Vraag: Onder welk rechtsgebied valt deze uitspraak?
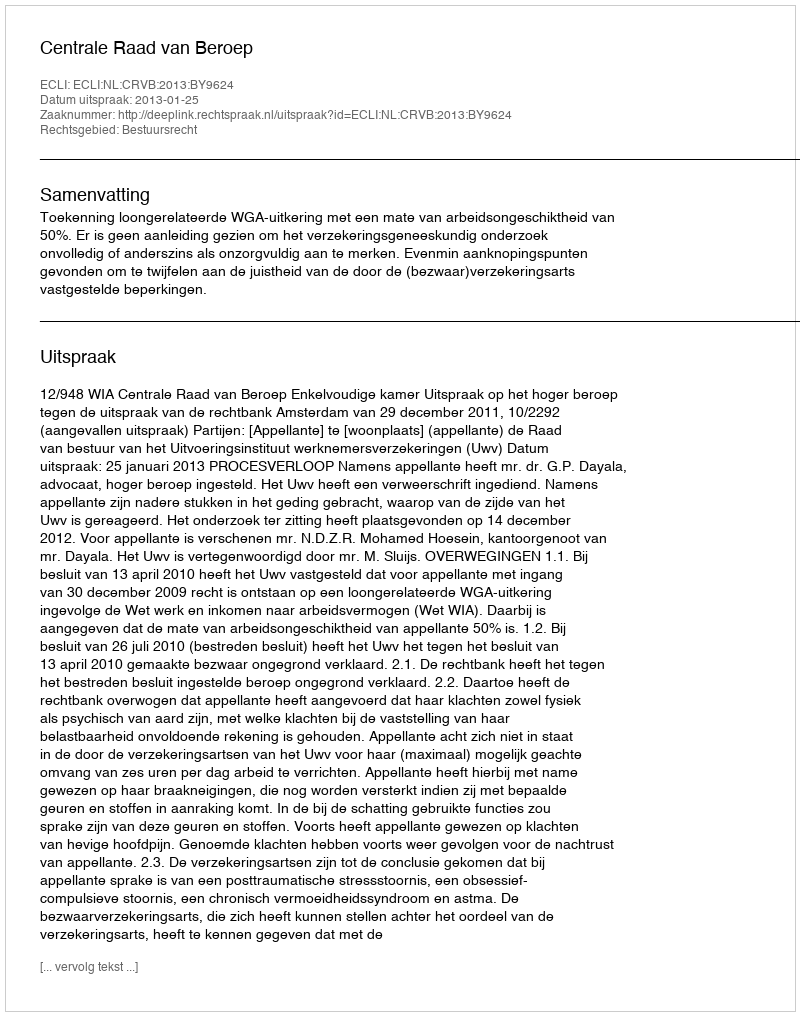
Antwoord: Bestuursrecht